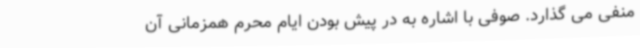
منفی می گذارد. صوفی با اشاره به در پیش بودن ایام محرم همزمانی آن